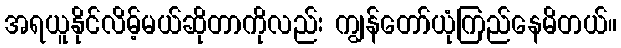
အရယူနိုင်လိမ့်မယ်ဆိုတာကိုလည်း ကျွန်တော်ယုံကြည်နေမိတယ်။